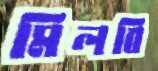
মিলবি